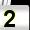
Digit: 2